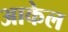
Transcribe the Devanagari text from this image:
आकेल